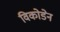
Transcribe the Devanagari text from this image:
विकोडेन